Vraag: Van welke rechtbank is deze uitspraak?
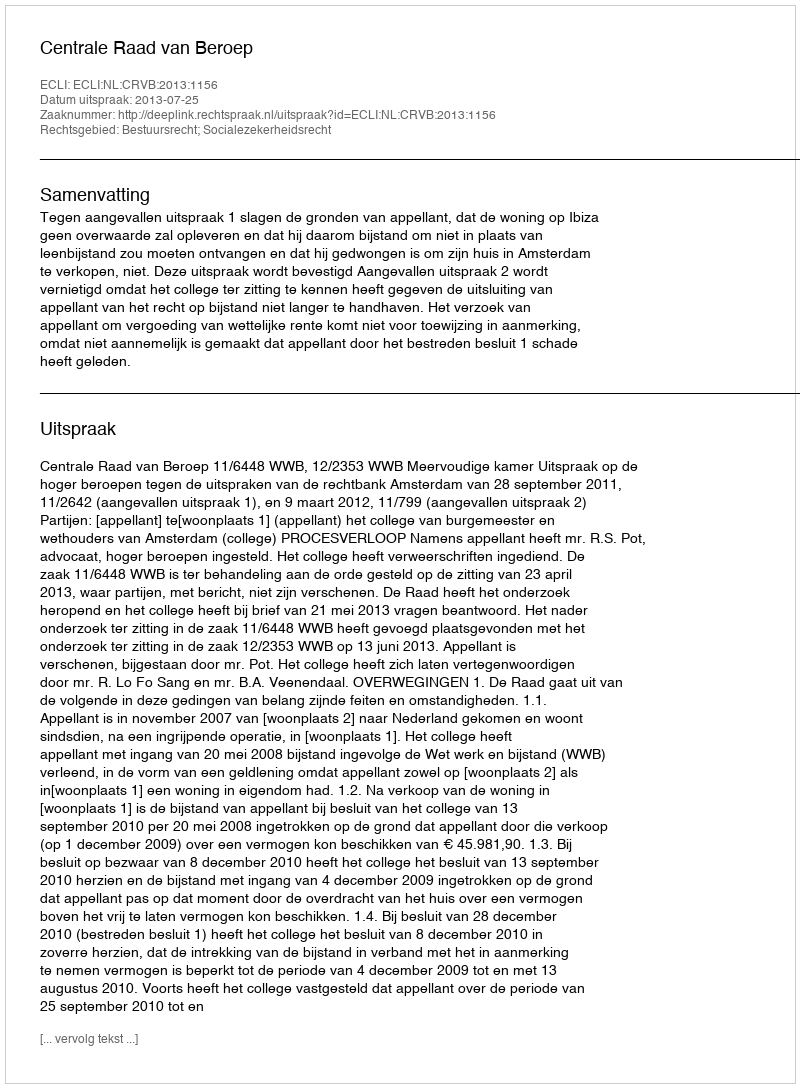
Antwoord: Centrale Raad van Beroep